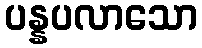
ပန္နပလာသော